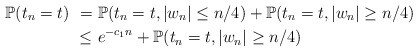
\begin{align*}\mathbb{P}(t_n=t)\ =&\ \mathbb{P}(t_n=t, |w_n|\leq n/4)+\mathbb{P}(t_n=t, |w_n|\geq n/4)\\\leq &\ e^{-c_1n}+\mathbb{P}(t_n=t, |w_n|\geq n/4)\end{align*}